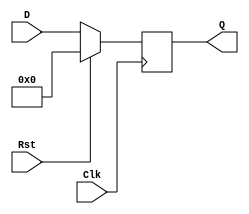
`timescale 1ns / 1ps
//////////////////////////////////////////////////////////////////////////////////
// Company: 
// Engineer: 
// 
// Design Name: 
// Module Name: REG
// Project Name: 
// Target Devices: 
// Tool Versions: 
// Description: 
// 
// Dependencies: 
// 
// Revision:
// Revision 0.01 - File Created
// Additional Comments:
// 
//////////////////////////////////////////////////////////////////////////////////


module REG #(parameter DATAWIDTH = 64)(D,Clk,Rst,Q);
    input [DATAWIDTH-1:0] D;
    input Clk,Rst;
    output reg [DATAWIDTH-1:0] Q;
    
    always @(posedge Clk) begin
        if (Rst == 1) begin
            Q <= 0;
        end
        else begin 
            Q <= D;
        end
    end
endmodule